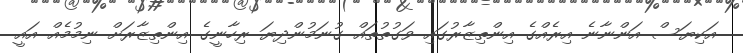
އަކިޔަސް އަންނާނެ އިރެއްގެ އިންތިޒާރުގައި ވަގުތުތައް ގުނަމުންދިޔަ ރިހާނީގެ އިންތިޒާރަށް ނިމުމެއް އައީ